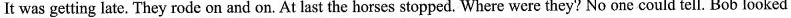
It was getting late. They rode on and on. At last the horses stopped. Where were they? No one could tell. Bob looked